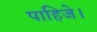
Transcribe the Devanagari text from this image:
पाहिजे।